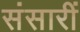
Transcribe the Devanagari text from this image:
संसारीं